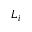
L _ { i }